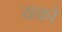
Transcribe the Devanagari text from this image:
यको